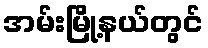
အမ်းမြို့နယ်တွင်